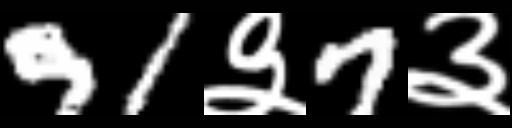
Text: 91३7३